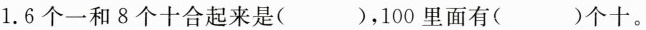
1.6个一和8个十合起来是( )，100里面有( )个十。